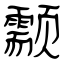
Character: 颥